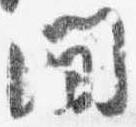
間